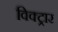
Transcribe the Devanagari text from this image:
विक्ट्रार